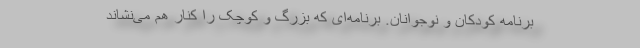
برنامه کودکان و نوجوانان. برنامه‌ای که بزرگ و کوچک را کنار هم می‌نشاند